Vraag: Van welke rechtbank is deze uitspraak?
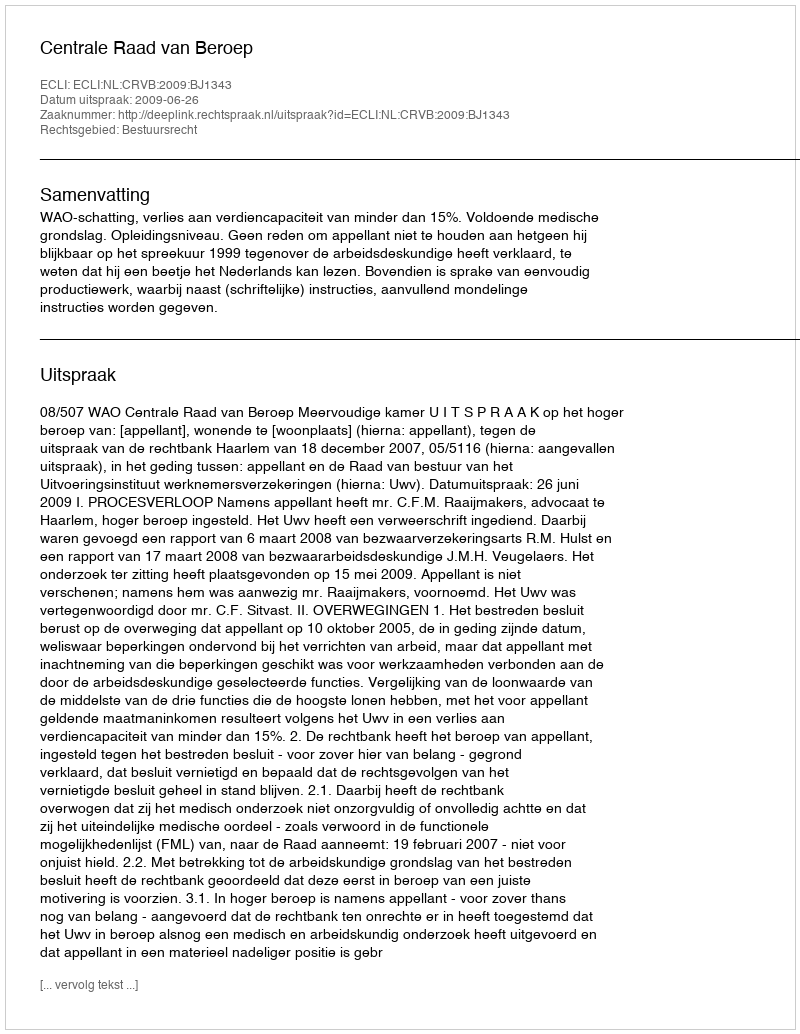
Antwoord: Centrale Raad van Beroep